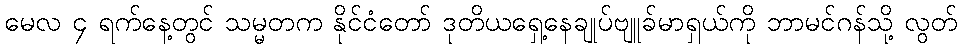
မေလ ၄ ရက်နေ့တွင် သမ္မတက နိုင်ငံတော် ဒုတိယရှေ့နေချုပ်ဗျူခ်မာရှယ်ကို ဘာမင်ဂန်သို့ လွတ်